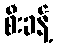
စီးခန့်